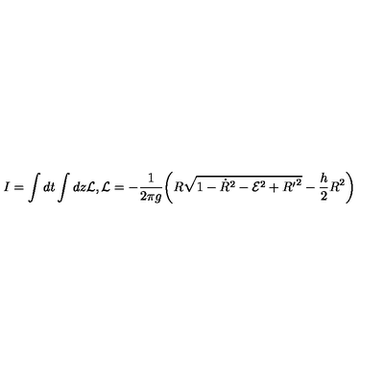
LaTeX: I = \int d t \int d z { \cal L } , { \cal L } = - \frac { 1 } { 2 \pi g } \bigg ( R \sqrt { 1 - { \dot { R } } ^ { 2 } - { \cal E } ^ { 2 } + { R ^ { \prime } } ^ { 2 } } - \frac { h } { 2 } R ^ { 2 } \bigg )